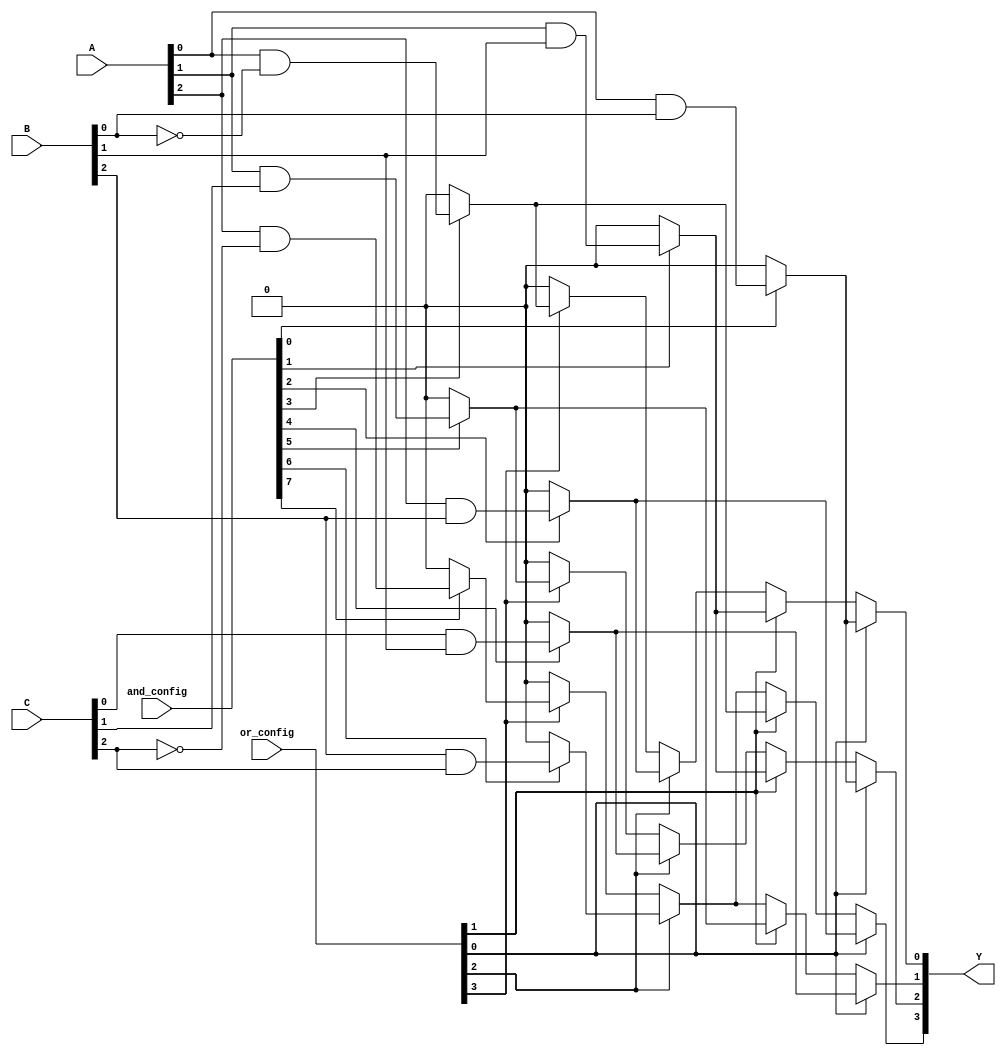
module PLA (
    input wire [2:0] A, // Example inputs (3 bits)
    input wire [2:0] B, // Example inputs (3 bits)
    input wire [2:0] C, // Example inputs (3 bits)
    input wire [7:0] and_config, // Configuration for AND gates
    input wire [3:0] or_config,  // Configuration for OR gates
    output wire [3:0] Y // Outputs (4 bits)
);

// Programmable AND Array
wire [7:0] product_terms; // 8 product terms from AND gates

// AND gate implementations based on configuration
assign product_terms[0] = and_config[0] ? (A[0] & B[0]) : 1'b0; // P1 = A0 AND B0
assign product_terms[1] = and_config[1] ? (A[1] & B[1]) : 1'b0; // P2 = A1 AND B1
assign product_terms[2] = and_config[2] ? (A[2] & B[2]) : 1'b0; // P3 = A2 AND B2
assign product_terms[3] = and_config[3] ? (A[0] & ~B[0]) : 1'b0; // P4 = A0 AND NOT B0
assign product_terms[4] = and_config[4] ? (C[0] & B[1]) : 1'b0; // P5 = C0 AND B1
assign product_terms[5] = and_config[5] ? (A[1] & C[1]) : 1'b0; // P6 = A1 AND C1
assign product_terms[6] = and_config[6] ? (B[2] & C[2]) : 1'b0; // P7 = B2 AND C2
assign product_terms[7] = and_config[7] ? (A[2] & ~C[2]) : 1'b0; // P8 = A2 AND NOT C2

// Programmable OR Array
assign Y[0] = or_config[0] ? product_terms[0] : 1'b0 |
              or_config[1] ? product_terms[1] : 1'b0 |
              or_config[2] ? product_terms[2] : 1'b0 |
              or_config[3] ? product_terms[3] : 1'b0;

assign Y[1] = or_config[0] ? product_terms[4] : 1'b0 |
              or_config[1] ? product_terms[5] : 1'b0 |
              or_config[2] ? product_terms[6] : 1'b0 |
              or_config[3] ? product_terms[7] : 1'b0;

// Additional outputs can be defined similarly
assign Y[2] = or_config[0] ? product_terms[0] : 1'b0 |
              or_config[1] ? product_terms[1] : 1'b0 |
              or_config[2] ? product_terms[4] : 1'b0 |
              or_config[3] ? product_terms[5] : 1'b0;

assign Y[3] = or_config[0] ? product_terms[2] : 1'b0 |
              or_config[1] ? product_terms[3] : 1'b0 |
              or_config[2] ? product_terms[6] : 1'b0 |
              or_config[3] ? product_terms[7] : 1'b0;

endmodule